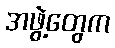
အဖွဲ့တွေက